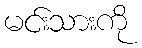
မင်းသားကို